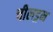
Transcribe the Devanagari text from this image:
चीलड्रन